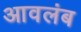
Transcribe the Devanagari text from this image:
आवलंब